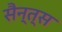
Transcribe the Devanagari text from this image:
सैन्त्स